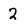
Character: 2